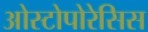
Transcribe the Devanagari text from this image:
ओस्टोपोरेसिस